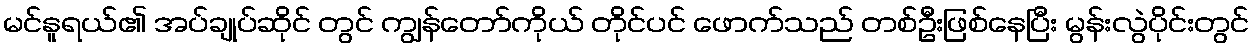
မင်နူရယ်၏ အပ်ချုပ်ဆိုင် တွင် ကျွန်တော်ကိုယ် တိုင်ပင် ဖောက်သည် တစ်ဦးဖြစ်နေပြီး မွန်းလွဲပိုင်းတွင်